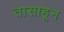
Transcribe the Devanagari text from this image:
तासाहून